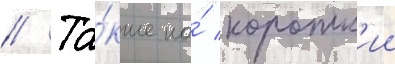
// Та́кже на́ коротк'ии